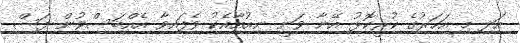
އަދި މި އަހަރުގެ ކުރީކޮޅު އޭނާ ވަނީ ނިއުއާއެކު ވެފައިވާ އެއްބަސްވުން ފަސް